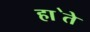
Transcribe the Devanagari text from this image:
हा॓ते